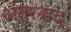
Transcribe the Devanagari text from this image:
अंतरनाद